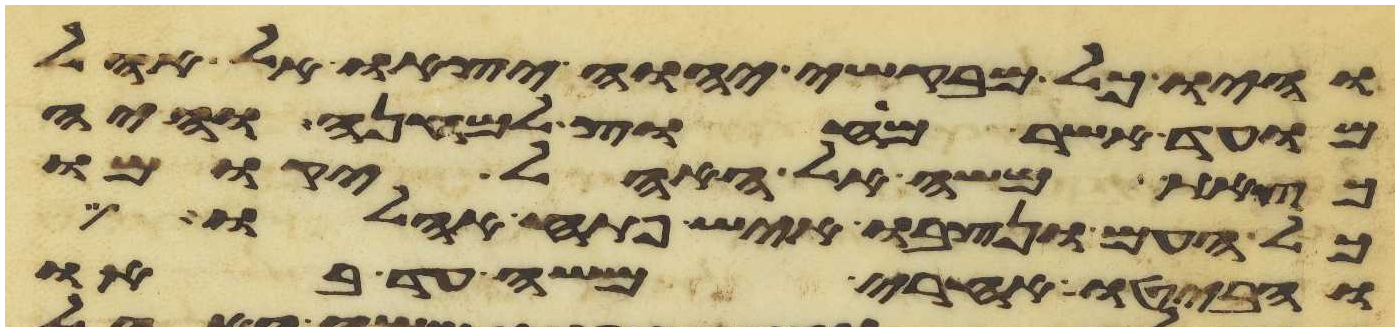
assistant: והיו כל מבקשי יהוה יצאו אל אהל
מועד אשר מחוץ למחנה והיה
כצאת משה אל האהל יקומו
כל העם ונצבו איש פתח אהלו
והביטו אחרי משה עד באו